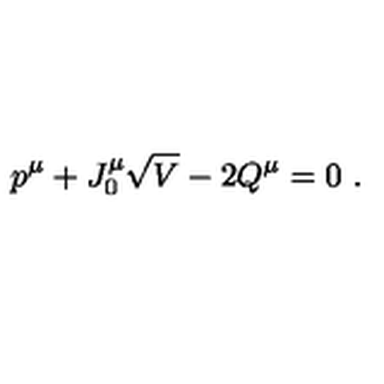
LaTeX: p ^ { \mu } + J _ { 0 } ^ { \mu } \sqrt { V } - 2 Q ^ { \mu } = 0 \ .